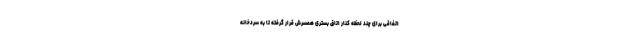
اتفاقی برای چند لحظه کنار اتاق بستریِ همسرش قرار گرفته تا به سردخانه